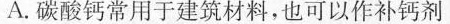
A. 碳酸钙常用于建筑材料，也可以作补钙剂